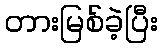
တားမြစ်ခဲ့ပြီး